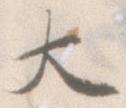
大